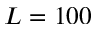
L = 1 0 0